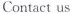
Contact us